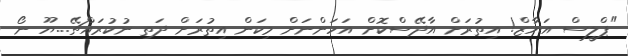
"ޕްލީސް އަޔާޒް! އިތުރަށް އާދޭސްކޮށް އަހަންނަށް މިކަން އިތުރަށް ދަތި ނުކުރައްޗޭ...ޔޫ ނޯ